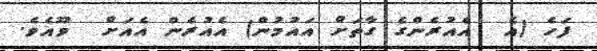
ފަހެ (އެ  އެއުރެންގެ ގާތަށް އައުމުން) އެއުރެން އެއަށް  ވޫއެވެ.